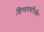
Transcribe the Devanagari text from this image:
शिष्यवर्गापैकी